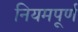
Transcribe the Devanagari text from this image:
नियमपूर्ण